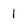
Character: 1